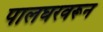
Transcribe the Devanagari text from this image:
पालघरवरून